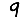
Digit: 9